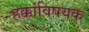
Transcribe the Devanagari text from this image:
हक्कांविषयक